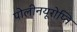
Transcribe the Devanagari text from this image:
पोलीनयूरोप्ति